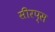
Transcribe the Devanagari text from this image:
सीरप्स